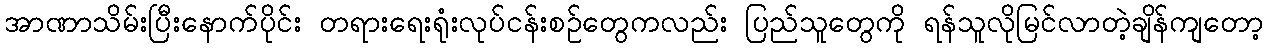
အာဏာသိမ်းပြီးနောက်ပိုင်း တရားရေးရုံးလုပ်ငန်းစဉ်တွေကလည်း ပြည်သူတွေကို ရန်သူလိုမြင်လာတဲ့ချိန်ကျတော့